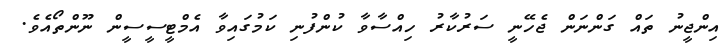
އިންޖީނު ތައް ގަންނަން ޖެހޭނީ ސަރުކާރު ހިއްސާވާ ކުންފުނި ކަމުގައިވާ އެމްޓީސީސީން ނޫންތޯއެވެ.